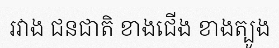
រវាង ជនជាតិ ខាងជើង ខាងត្បូង